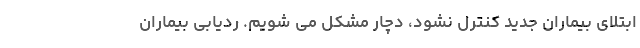
ابتلای بیماران جدید کنترل نشود، دچار مشکل می شویم. ردیابی بیماران